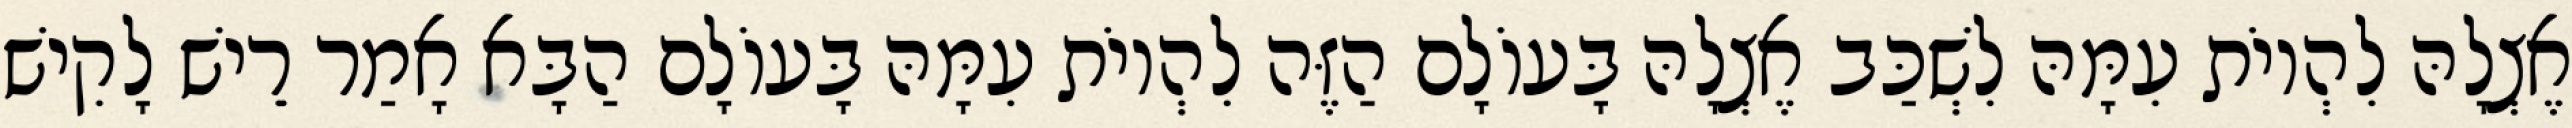
אֶצְלָהּ לִהְיוֹת עִמָּהּ לִשְׁכַּב אֶצְלָהּ בָּעוֹלָם הַזֶּה לִהְיוֹת עִמָּהּ בָּעוֹלָם הַבָּא אָמַר רֵישׁ לָקִישׁ